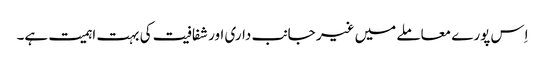
اِس پورے معاملے میں غیر جانب داری اور شفافیت کی بہت اہمیت ہے۔